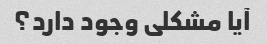
آیا مشکلی وجود دارد؟